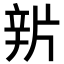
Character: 𨐏